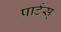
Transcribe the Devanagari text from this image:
पार्टस्